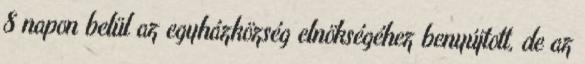
8 napon belül az egyházközség elnökségéhez benyújtott, de az